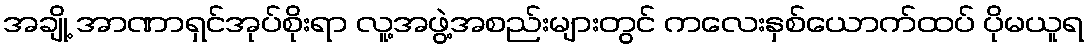
အချို့ အာဏာရှင်အုပ်စိုးရာ လူ့အဖွဲ့အစည်းများတွင် ကလေးနှစ်ယောက်ထပ် ပိုမယူရ